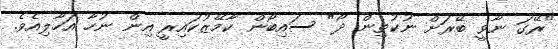
"ރޭގަ ނާވީ ބޭރަށް ނުކުތިން ދޯ" ސައިބޯން ކާމޭޒުކައިރީ އިން ނުހާ އަހާލިއެވެ.